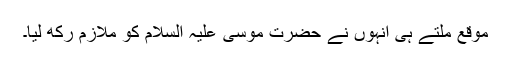
موقع ملتے ہی انہوں نے حضرت موسیٰ علیہ السلام کو ملازم رکھ لیا۔